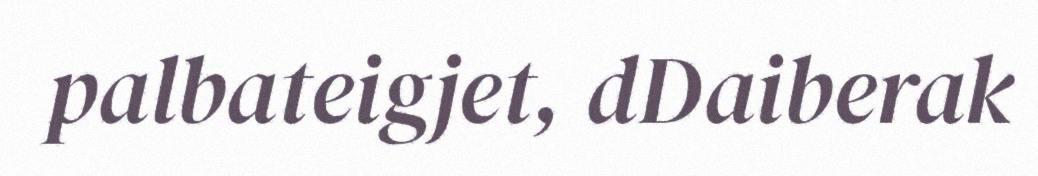
palbateigjet, dDaiberak